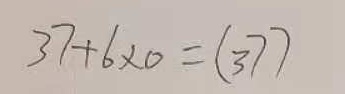
3 7 + 6 \times 0 = ( 3 7 )